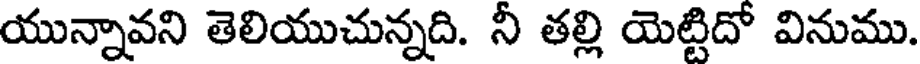
యున్నావని తెలియుచున్నది. నీ తల్లి యెట్టిదో వినుము.